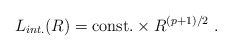
\begin{align*}L_{int.}(R)={\rm const.}\times R^{(p+1)/2}\ . \end{align*}